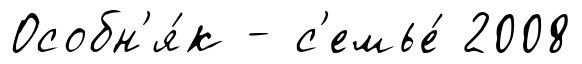
Особн'я́к - с'емье́ 2008